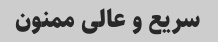
سریع و عالی ممنون